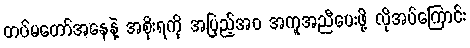
တပ်မတော်အနေနဲ့ အစိုးရကို အပြည့်အ၀ အကူအညီပေးဖို့ လိုအပ်ကြောင်း